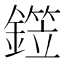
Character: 𬬂